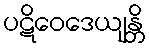
ပဋိဝေဒေယျန္တိ